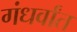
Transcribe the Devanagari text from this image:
गंधर्वांत